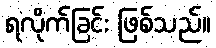
ရလိုက်ခြင်း ဖြစ်သည်။